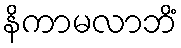
နိကာမလာဘိံ